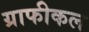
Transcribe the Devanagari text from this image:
ग्राफीकल